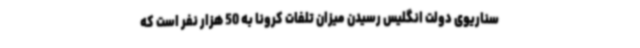
سناریوی دولت انگلیس رسیدن میزان تلفات کرونا به 50 هزار نفر است که